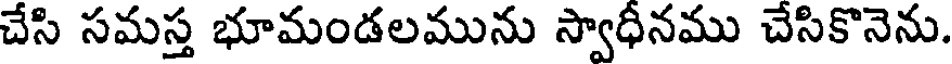
చేసి సమస్త భూమండలమును స్వాధీనము చేసికొనెను.